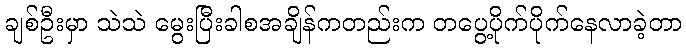
ချစ်ဦးမှာ သဲသဲ မွေးပြီးခါစအချိန်ကတည်းက တပွေ့ပိုက်ပိုက်နေလာခဲ့တာ